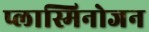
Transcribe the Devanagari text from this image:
प्लास्मिनोजन